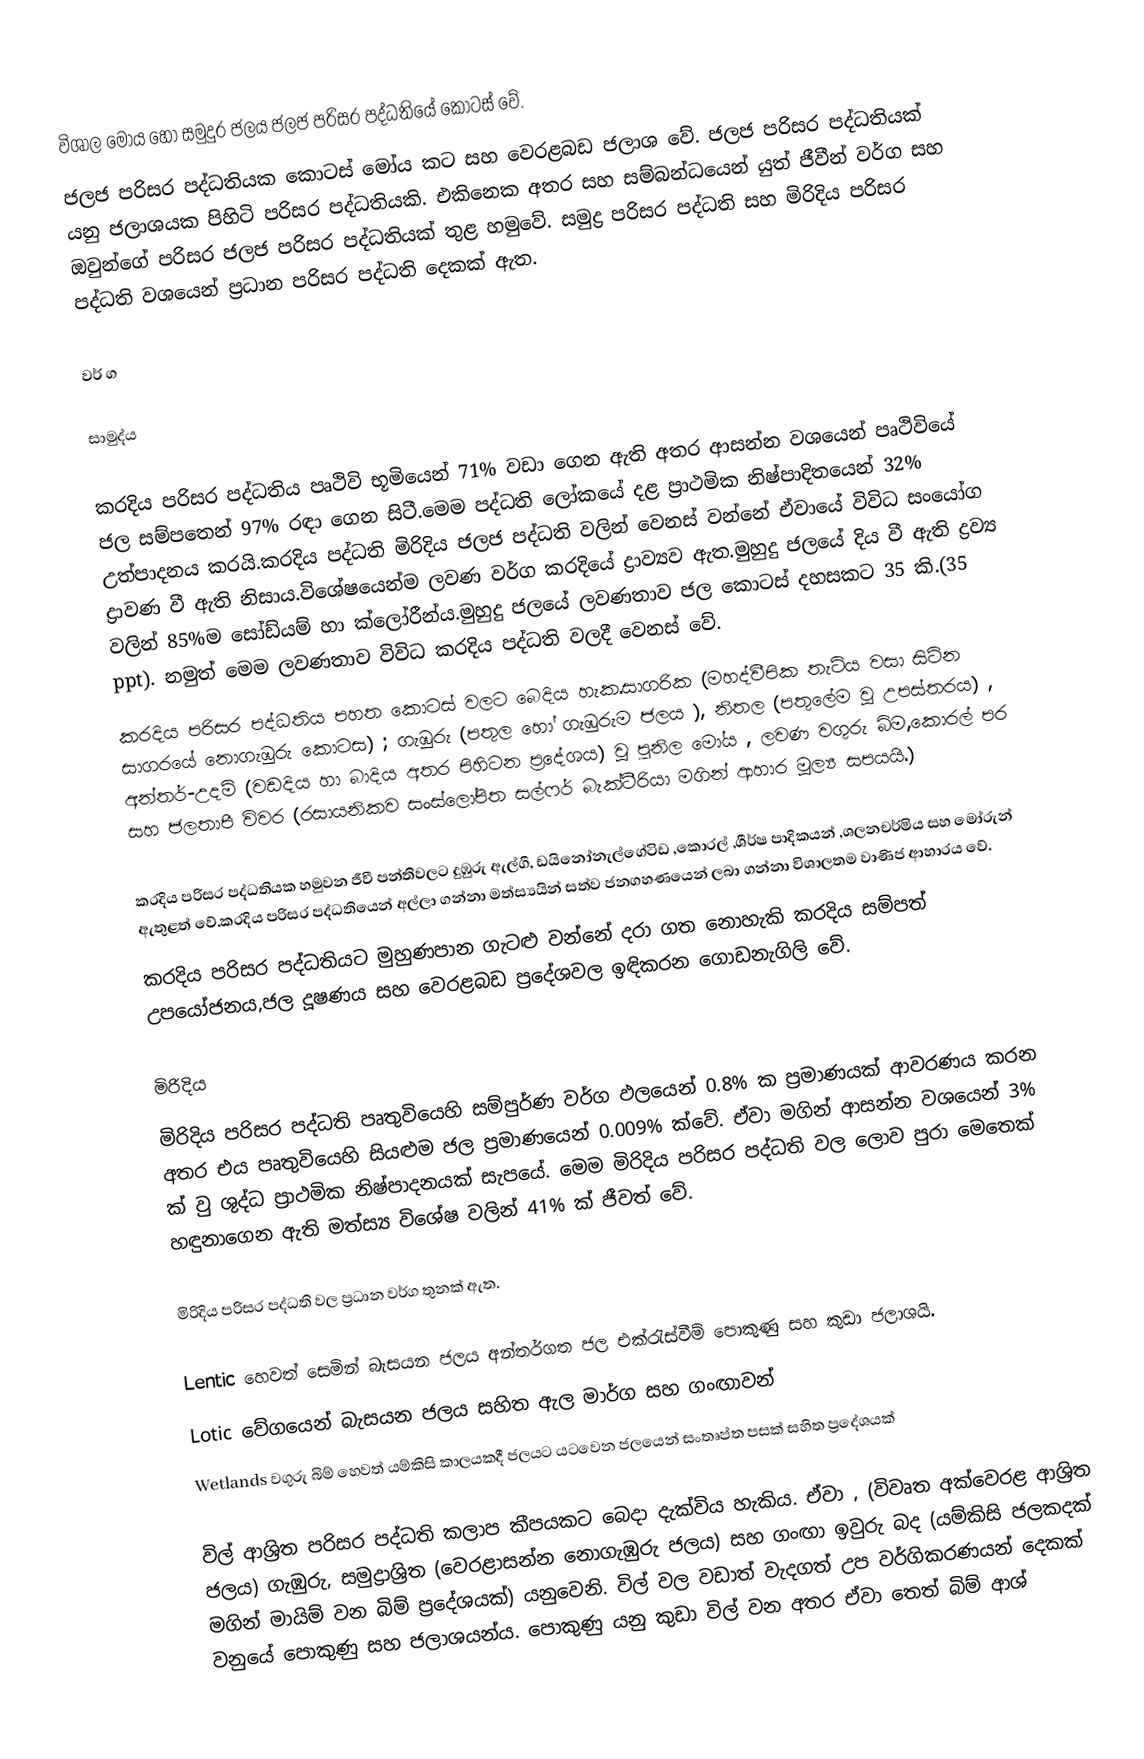
විශාල මෝය හෝ සමුදුර ජලය ජලජ පරිසර පද්ධතියේ කොටස් වේ.
ජලජ පරිසර පද්ධතියක කොටස් මෝය කට සහ වෙරළබඩ ජලාශ වේ.  ජලජ පරිසර පද්ධතියක් යනු ජලාශයක පිහිටි පරිසර පද්ධතියකි.  එකිනෙක අතර සහ සම්බන්ධයෙන් යුත් ජීවීන් වර්ග සහ ඔවුන්ගේ පරිසර ජලජ පරිසර පද්ධතියක්  තුළ හමුවේ.  සමුද්‍ර පරිසර පද්ධති සහ මිරිදිය පරිසර පද්ධති වශයෙන් ප්‍රධාන පරිසර පද්ධති දෙකක් ඇත.

වර් ග

සාමුද්ය

කරදිය පරිසර පද්ධතිය පෘථිවි භූමියෙන් 71% වඩා ගෙන ඇති අතර ආසන්න වශයෙන් පෘථිවියේ ජල සම්පතෙන් 97% රඳා ගෙන සිටී.මෙම පද්ධති ලෝකයේ දළ ප්‍රාථමික නිෂ්පාදිතයෙන් 32% උත්පාදනය කරයි.කරදිය පද්ධති මිරිදිය ජලජ පද්ධති වලින් වෙනස් වන්නේ ඒවායේ විවිධ සංයෝග ද්‍රාවණ වී ඇති නිසාය.විශේෂයෙන්ම ලවණ වර්ග කරදියේ ද්‍රාව්‍යව ඇත.මුහුදු ජලයේ දිය වී ඇති ද්‍රව්‍ය වලින් 85%ම සෝඩ්යම් හා ක්ලෝරීන්ය.මුහුදු ජලයේ ලවණතාව ජල කොටස් දහසකට 35 කි.(35 ppt). නමුත් මෙම ලවණතාව විවිධ කරදිය පද්ධති වලදී වෙනස් වේ.
කරදිය පරිසර පද්ධතිය පහත කොටස් වලට බෙදිය හැක.සාගරික (මහද්වීපික තැටිය වසා සිටින සාගරයේ නොගැඹුරු කොටස) ; ගැඹුරු (පතුල හෝ ගැඹුරුම ජලය ), නිතල (පතුලේම වූ උපස්තරය) , අන්තර්-උදම් (වඩදිය හා බාදිය අතර පිහිටන ප්‍රදේශය) වූ පුනිල මෝය , ලවණ වගුරු බිම,කොරල් පර සහ ජලතාපී විවර (රසායනිකව සංස්ලෝපිත සල්ෆර් බැක්ටීරියා මගින් ආහාර මූල්‍ය සපයයි.)

කරදිය පරිසර පද්ධතියක හමුවන ජීවී පන්තිවලට දුඹුරු ඇල්ගී, ඩයිනෝනැල්ගේටිඩ ,කොරල් ,ශීර්ෂ පාදිකයන් ,ශලනචර්මිය සහ මෝරුන් ඇතුළත් වේ.කරදිය පරිසර පද්ධතියෙන් අල්ලා ගන්නා මත්ස්‍යයින් සත්ව ජනගහණයෙන් ලබා ගන්නා විශාලතම වාණිජ ආහාරය වේ.
කරදිය පරිසර පද්ධතියට මුහුණපාන ගැටළු වන්නේ දරා ගත නොහැකි කරදිය සම්පත් උපයෝජනය,ජල දූෂණ‍ය සහ වෙරළබඩ ප්‍රදේශවල ඉඳිකරන ගොඩනැගිලි වේ.

මිරිදිය
මිරිදිය පරිසර පද්ධති පෘතුවියෙහි සම්පුර්ණ වර්ග ඵලයෙන් 0.8% ක ප්‍රමාණයක් ආවරණය කරන අතර එය පෘතුවියෙහි සියළුම ජල ප්‍රමාණයෙන් 0.009% ක්වේ. ඒවා මගින් ආසන්න වශයෙන් 3% ක් වු ශුද්ධ ප්‍රාථමික නිෂ්පාදනයක් සැප‍යේ. මෙම මිරිදිය පරිසර පද්ධති වල ලොව පුරා මෙතෙක් හඳුනාගෙන ඇති මත්ස්‍ය විශේෂ වලින් 41% ක් ජීවත් වේ.

මිරිදිය පරිසර පද්ධති වල ප්‍රධාන වර්ග තුනක් ඇත.

	Lentic හෙවත් සෙමින් බැසයන ජලය අන්තර්ගත ජල එක්රැස්වීම් පොකුණු සහ කුඩා ජලාශයි.
	Lotic වේගයෙන් බැසයන ජලය සහිත ඇල මාර්ග සහ ගංඟාවන්
	Wetlands වගුරු බිම් හෙවත් යම්කිසි කාලයකදී ජලයට යටවෙන ජලයෙන් සංතෘප්ත පසක් සහිත ප්‍රදේශයක්

විල් ආශ්‍රිත පරිසර පද්ධති කලාප ක‍ීපයකට බෙදා දැක්විය හැකිය. ඒවා , (විවෘත අක්වෙරළ ආශ්‍රිත ජලය) ගැඹුරු, සමුද්‍රාශ්‍රිත (වෙරළාසන්න නොගැඹුරු ජලය) සහ ගංඟා ඉවුරු බද (යම්කිසි ජලකදක් මගින් මායිම් වන බිම් ප්‍රදේශයක්) යනුවෙනි. විල් වල වඩාත් වැදගත් උප වර්ගිකරණයන් දෙකක් වනුයේ පොකුණු සහ ජලාශයන්ය. පොකුණු යනු කුඩා විල් වන අතර ඒවා තෙත් බිම් ආශ්‍